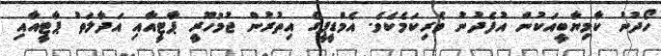
ހޯދުނު ކާމިޔާބީއަކުން އުފެދުނު ވެރިކަމެކެވެ. އެމްޑީޕީގެ އިތުރުން ޖުމުހޫރީ ޕާޓީއާއި އަދާލަތު ޕާޓީއާއި